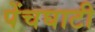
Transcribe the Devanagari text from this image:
पेंचघाटी